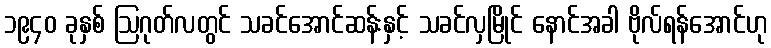
၁၉၄၀ ခုနှစ် ဩဂုတ်လတွင် သခင်အောင်ဆန်းနှင့် သခင်လှမြိုင် နောင်အခါ ဗိုလ်ရန်အောင်ဟု